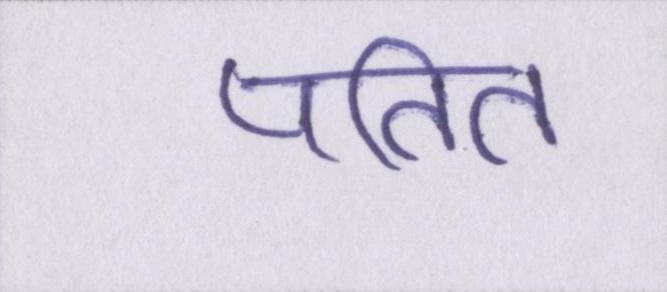
पतित